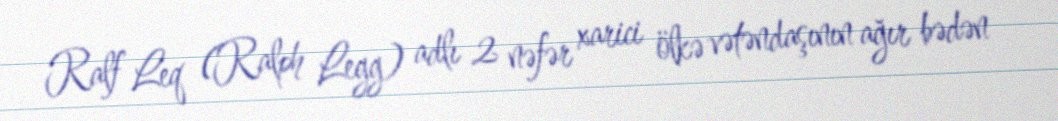
Ralf Leq (Ralph Legg) adlı 2 nəfər xarici ölkə vətəndaşının ağır bədən